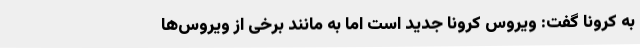
به کرونا گفت: ویروس کرونا جدید است اما به مانند برخی از ویروس‌ها